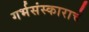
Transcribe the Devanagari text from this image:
गर्भसंस्काराचे